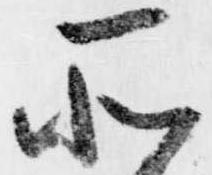
所